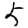
Digit: 5